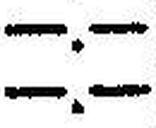
—.—